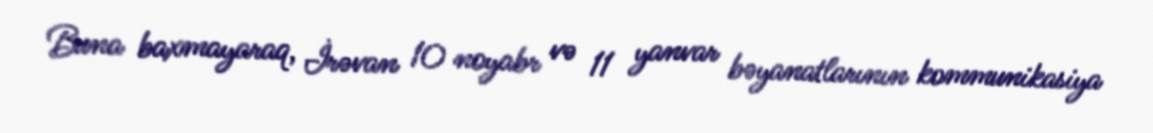
Buna baxmayaraq, İrəvan 10 noyabr və 11 yanvar bəyanatlarının kommunikasiya